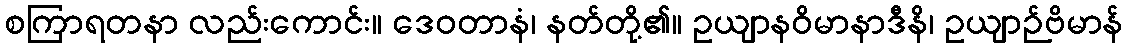
စကြာရတနာ လည်းကောင်း။ ဒေဝတာနံ၊ နတ်တို့၏။ ဥယျာနဝိမာနာဒီနိ၊ ဥယျာဉ်ဗိမာန်